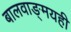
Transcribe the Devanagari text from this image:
बालवाङ्‌मयही